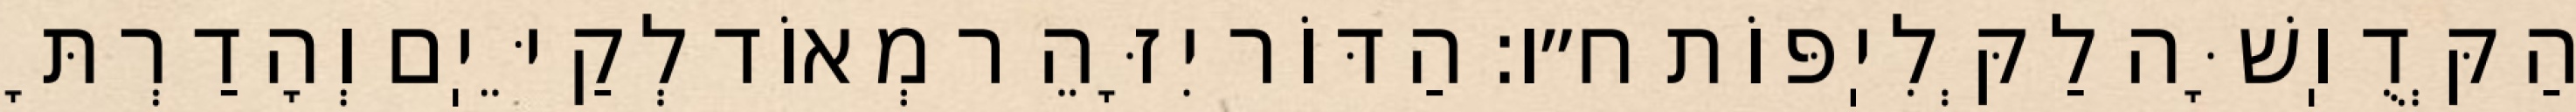
הַקְּדֻוֽשָּׁה לַקְּלִיֽפּוֹת ח״ו: הַדּוֹר יִזָּהֵר מְאוֹד לְקַיֵּיֽם וְהָדַרְתָּ